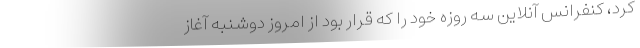
کرد، کنفرانس آنلاین سه روزه خود را که قرار بود از امروز دوشنبه آغاز